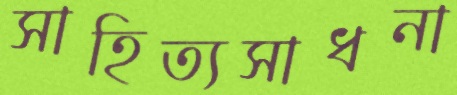
সাহিত্যসাধনা